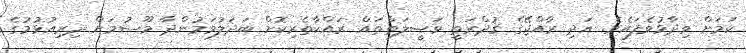
ކަމަށް ވިދާޅުވެފައެވެ. އަދި ރާއްޖޭގެ ޤުދްރަތީ ވަޞީލަތްތައް ރައްކާތެރިކޮށް ބަދަލުވަމުންދާ މޫސުމަށް ދިރިއުޅުމުގެ